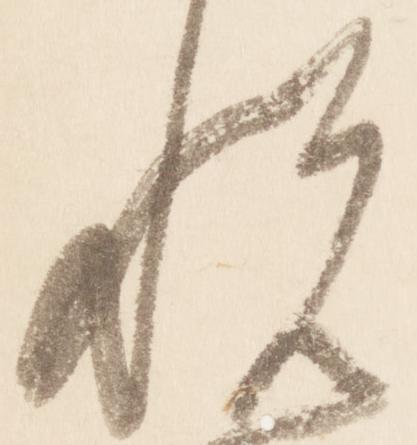
悦